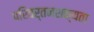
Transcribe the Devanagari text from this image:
परिवर्तनशक्यता